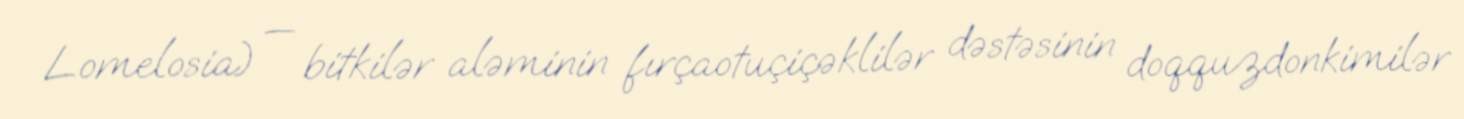
Lomelosia) — bitkilər aləminin fırçaotuçiçəklilər dəstəsinin doqquzdonkimilər